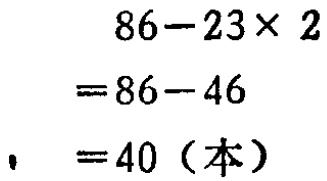
\[

\begin{align*}

&86 - 23\times2\\

=&86 - 46\\

=&40 (\text{本})

\end{align*}

\]